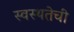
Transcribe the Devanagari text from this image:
स्वस्थतेची